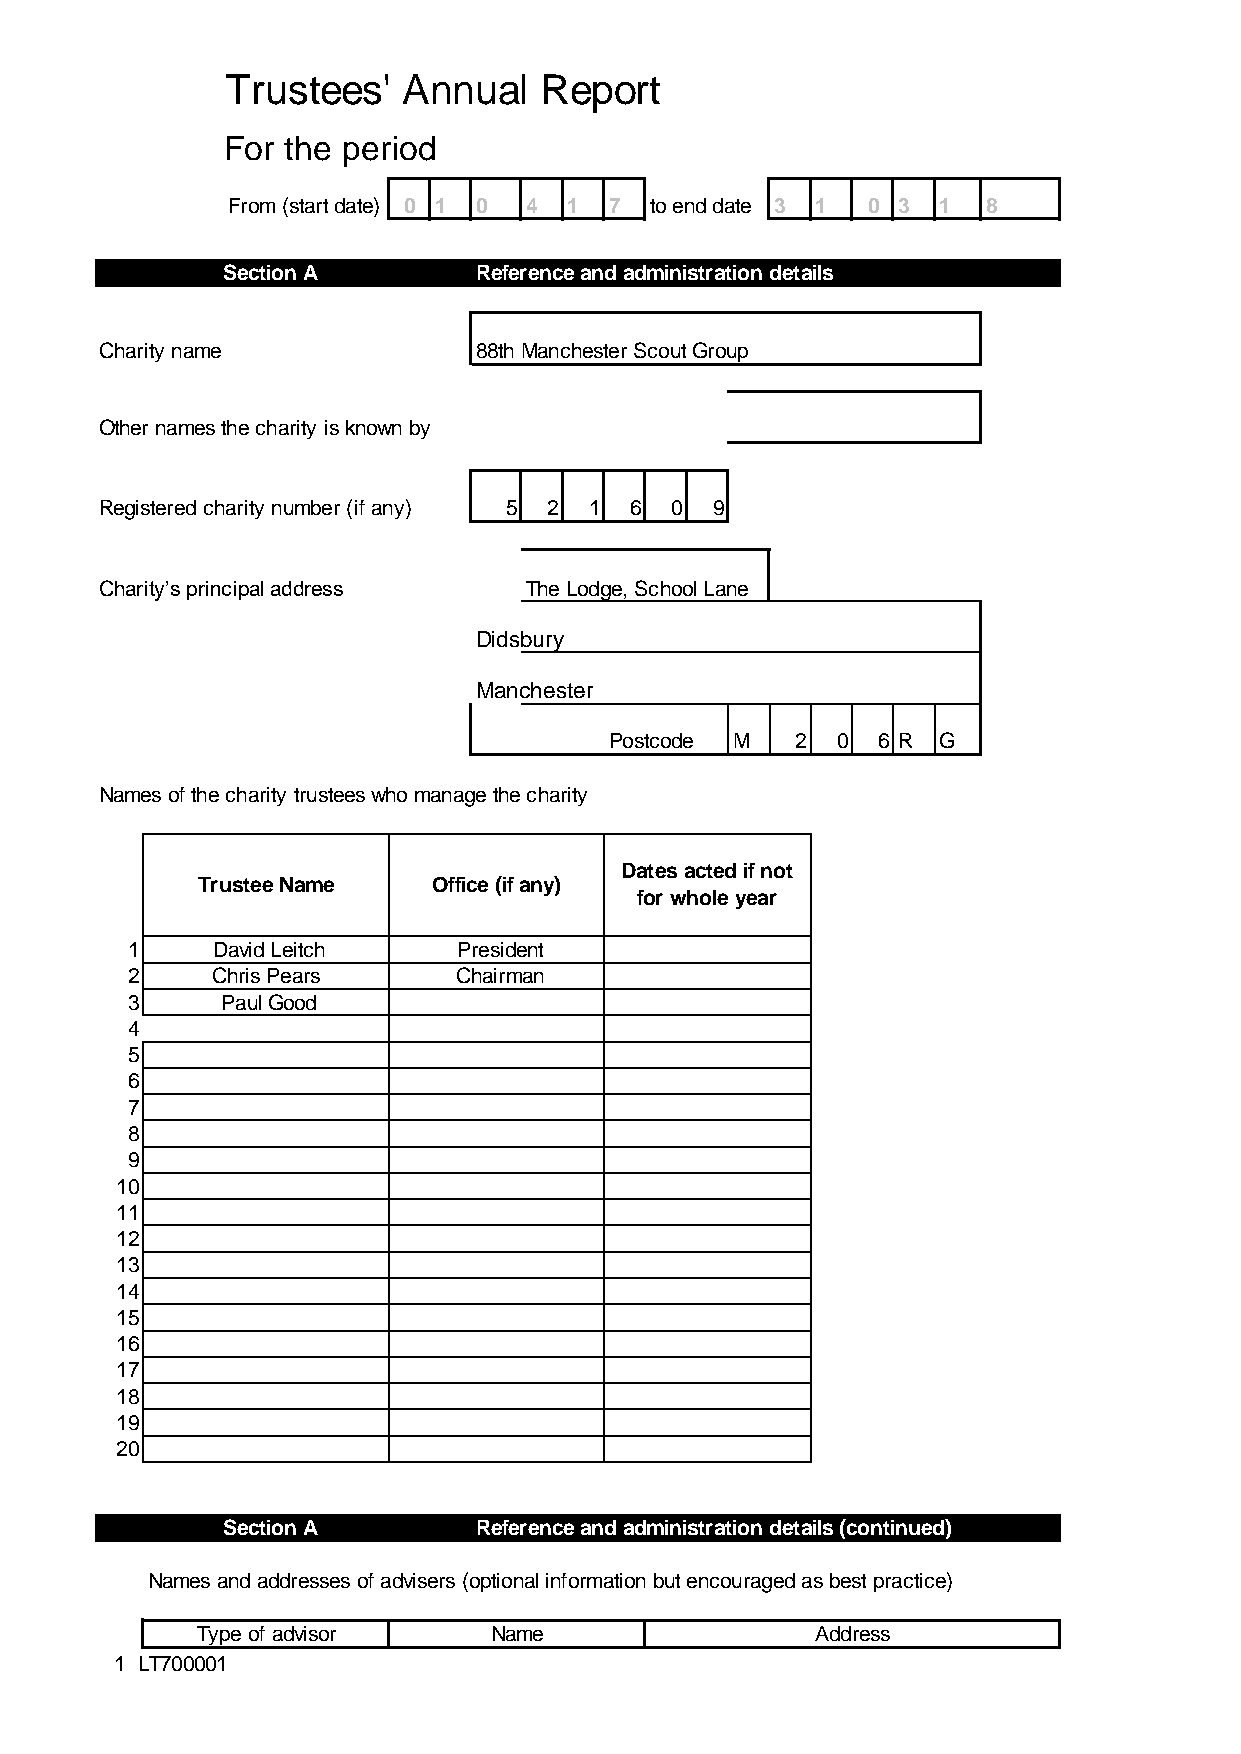
Trustees'   Annual   Report
 For the period
 From (start date) 0 1 0 4 1 7 to end date 3 1 0 3 1 8
 Section A       Reference and administration details
 Charity name            88th Manchester Scout Group
 Other names the charity is known by
 Registered charity number (if any) 5 2 1 6 0 9
 Charity’s principal address The Lodge, School Lane
 Didsbury
 Manchester
 Postcode M   2 0  6 R G
 Names of the charity trustees who manage the charity
 Dates acted if not
 Trustee Name    Office (if any)
 for whole year
 1     David Leitch    President
 2     Chris Pears     Chairman
 3      Paul Good
 4
 5
 6
 7
 8
 9
 10
 11
 12
 13
 14
 15
 16
 17
 18
 19
 20
 Section A       Reference and administration details (continued)
 Names and addresses of advisers (optional information but encouraged as best practice)
 Type of advisor    Name                  Address
 1 LT700001